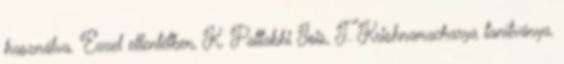
használva. Ezzel ellentétben, K. Pattabhi Jois, T. Krishnamacharya tanítványa,